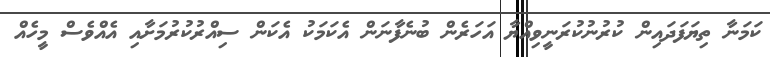
ކަމަނާ ތިޔަފަދައިން ކުރުނުކުރަނީވިއްޔާ އަހަރެން ބުނެފާނަން އެކަމަކު އެކަން ސިއްރުކުރުމަށާއި އެއްވެސް މީހެއް